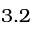
3 . 2